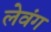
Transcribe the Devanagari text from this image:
लेवंग